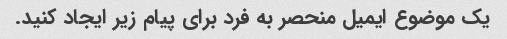
یک موضوع ایمیل منحصر به فرد برای پیام زیر ایجاد کنید.